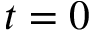
t = 0